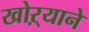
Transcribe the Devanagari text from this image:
खोऱ्याने